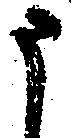
申